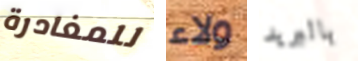
للمغادرة ولاء بالبريد